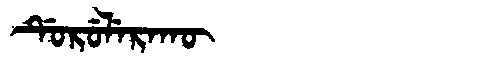
Manchu: ᡩᡠᡵᡠᠯᡝᡵᠠᡴᡡ
Romanization: DURULERAKŪ